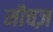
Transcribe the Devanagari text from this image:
मीचज़